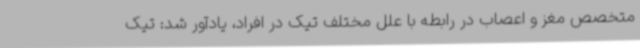
متخصص مغز و اعصاب در رابطه با علل مختلف تیک در افراد، یادآور شد: تیک